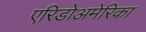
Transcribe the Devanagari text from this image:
एरिडोअमेरिका